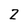
Character: Z